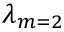
\lambda _ { m = 2 }